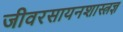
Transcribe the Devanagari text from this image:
जीवरसायनशास्त्रज्ञ